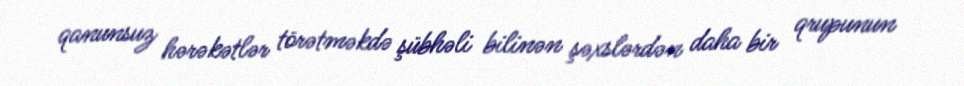
qanunsuz hərəkətlər törətməkdə şübhəli bilinən şəxslərdən daha bir qrupunun